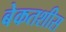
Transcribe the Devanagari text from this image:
बेकतशीस